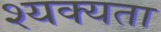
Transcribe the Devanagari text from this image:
श्यक्यता